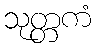
သုတ္တကံ